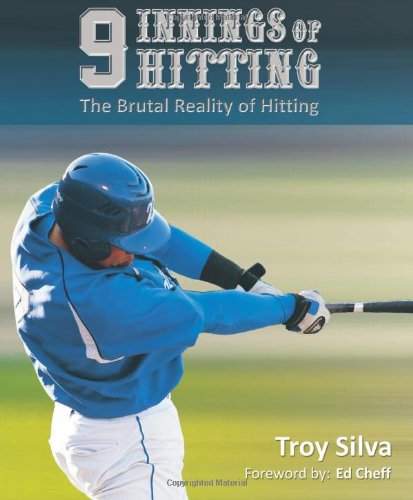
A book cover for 9 Innings of Hitting; Troy Silva; Sports & Outdoors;